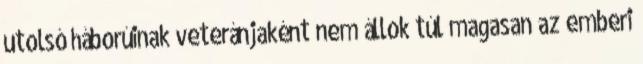
utolsó háborúinak veteránjaként nem állok túl magasan az emberi